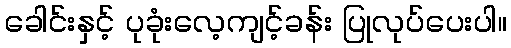
ခေါင်းနှင့် ပုခုံးလေ့ကျင့်ခန်း ပြုလုပ်ပေးပါ။